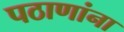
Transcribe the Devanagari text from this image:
पठाणांना